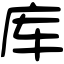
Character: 库